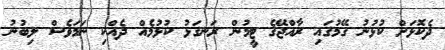
ދެކޮޅަށް ކުޅުނު ގޭމުގައި ރާއްޖޭގެ ޓީމުން ރަނގަޅު ކުޅުމެއް ދެއްކި ނަމަވެސް ލިބުނު